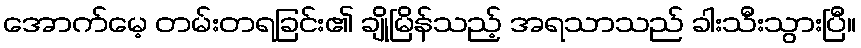
အောက်မေ့ တမ်းတရခြင်း၏ ချိုမြိန်သည့် အရသာသည် ခါးသီးသွားပြီ။